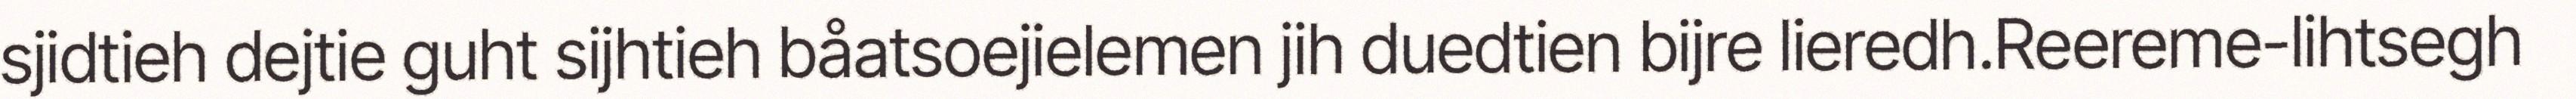
sjidtieh dejtie guht sijhtieh båatsoejielemen jih duedtien bijre lieredh.Reereme-lihtsegh